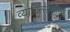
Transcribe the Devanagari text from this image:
व्यादित्सन्तीरथ